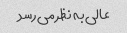
عالی به نظر می رسد